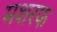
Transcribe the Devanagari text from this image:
मशरफ